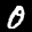
Label: 0